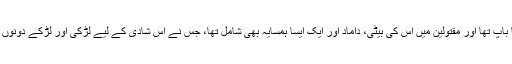
قاتل اس لڑکی کا باپ تھا اور مقتولین میں اس کی بیٹی، داماد اور ایک ایسا ہمسایہ بھی شامل تھا، جس نے اس شادی کے لیے لڑکی اور لڑکے دونوں کی مدد کی تھی۔